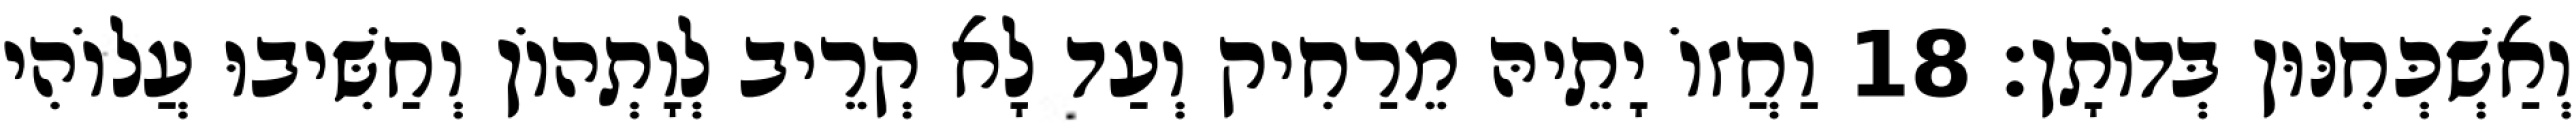
וְאַשְׁכְּחִנּוּן בְּדוֹתָן׃ 18 וַחֲזוֹ יָתֵיהּ מֵרַחִיק וְעַד לָא קְרֵיב לְוָתְהוֹן וְחַשִּׁיבוּ עֲלוֹהִי